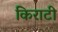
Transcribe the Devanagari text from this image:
किराटी